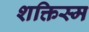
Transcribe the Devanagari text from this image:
शक्तिस्म